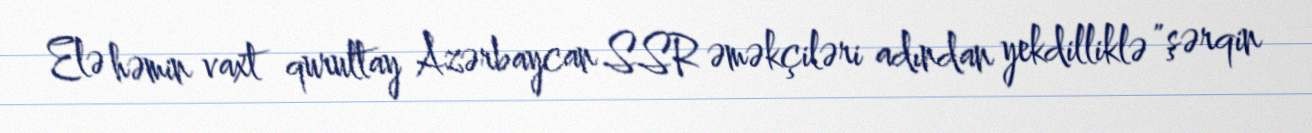
Elə həmin vaxt qurultay Azərbaycan SSR əməkçiləri adından yekdilliklə "şərqin